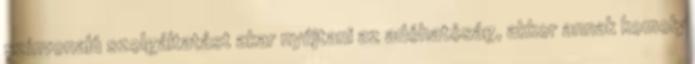
színvonalú szolgáltatást akar nyújtani az adóhatóság, akkor annak komoly